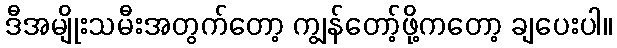
ဒီအမျိုးသမီးအတွက်တော့ ကျွန်တော့်ဖို့ကတော့ ချပေးပါ။